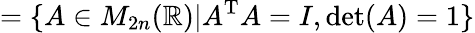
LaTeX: =\{ A\in M_{2n}(\mathbb{R})|A^{\mathrm{T}}A=I,\det(A)=1\}